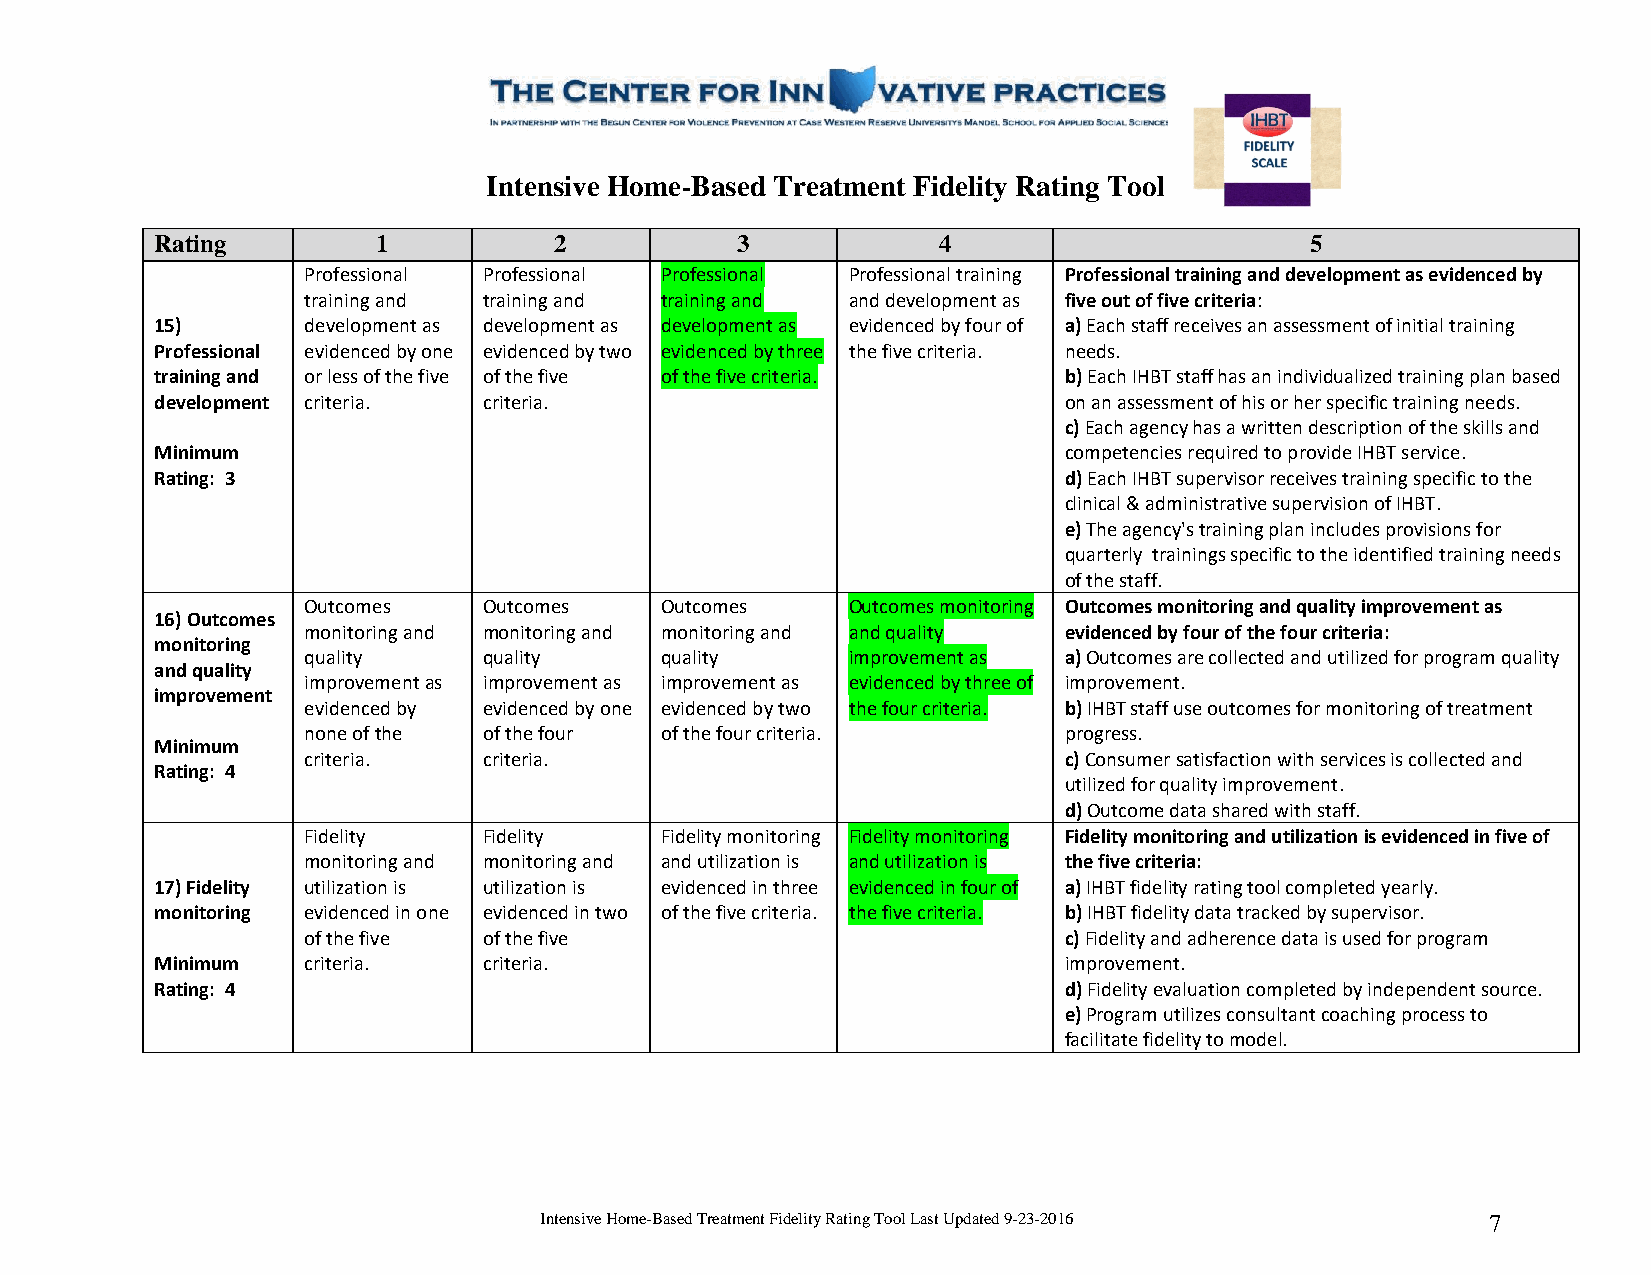
Intensive Home-Based Treatment Fidelity Rating Tool
 Rating         1           2           3            4                        5
 Professional Professional Professional Professional training Professional training and development as evidenced by
 training and training and training and and development as five out of five criteria:
 15)       development as development as development as evidenced by four of a) Each staff receives an assessment of initial training
 Professional evidenced by one evidenced by two evidenced by three the five criteria. needs.
 training and or less of the five of the five of the five criteria. b) Each IHBT staff has an individualized training plan based
 development criteria. criteria.                             on an assessment of his or her specific training needs.
 c) Each agency has a written description of the skills and
 Minimum                                                     competencies required to provide IHBT service.
 Rating: 3                                                   d) Each IHBT supervisor receives training specific to the
 clinical & administrative supervision of IHBT.
 e) The agency's training plan includes provisions for
 quarterly trainings specific to the identified training needs
 of the staff.
 Outcomes    Outcomes    Outcomes    Outcomes monitoring Outcomes monitoring and quality improvement as
 16) Outcomes
 monitoring and monitoring and monitoring and and quality evidenced by four of the four criteria:
 monitoring
 quality     quality     quality     improvement as a) Outcomes are collected and utilized for program quality
 and quality
 improvement as improvement as improvement as evidenced by three of improvement.
 improvement
 evidenced by evidenced by one evidenced by two the four criteria. b) IHBT staff use outcomes for monitoring of treatment
 none of the of the four of the four criteria.     progress.
 Minimum
 criteria.   criteria.                             c) Consumer satisfaction with services is collected and
 Rating: 4
 utilized for quality improvement.
 d) Outcome data shared with staff.
 Fidelity    Fidelity    Fidelity monitoring Fidelity monitoring Fidelity monitoring and utilization is evidenced in five of
 monitoring and monitoring and and utilization is and utilization is the five criteria:
 17) Fidelity utilization is utilization is evidenced in three evidenced in four of a) IHBT fidelity rating tool completed yearly.
 monitoring evidenced in one evidenced in two of the five criteria. the five criteria. b) IHBT fidelity data tracked by supervisor.
 of the five of the five                           c) Fidelity and adherence data is used for program
 Minimum   criteria.   criteria.                             improvement.
 Rating: 4                                                   d) Fidelity evaluation completed by independent source.
 e) Program utilizes consultant coaching process to
 facilitate fidelity to model.
 Intensive Home-Based Treatment Fidelity Rating Tool Last Updated 9-23-2016 7